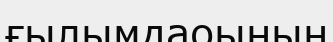
ғылымдаоының